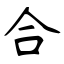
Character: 合